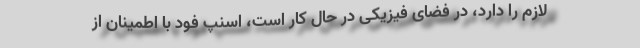
لازم را دارد، در فضای فیزیکی در حال کار است، اسنپ فود با اطمینان از